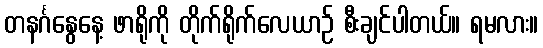
တနင်္ဂနွေနေ့ ဖာရိုကို တိုက်ရိုက်လေယာဉ် စီးချင်ပါတယ်။ ရမလား။